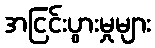
အငြင်းပွားမှုများ